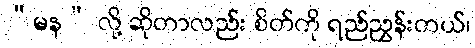
“မန” လို့ ဆိုတာလည်း စိတ်ကို ရည်ညွှန်းတယ်၊